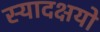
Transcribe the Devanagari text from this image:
स्यादक्षयो